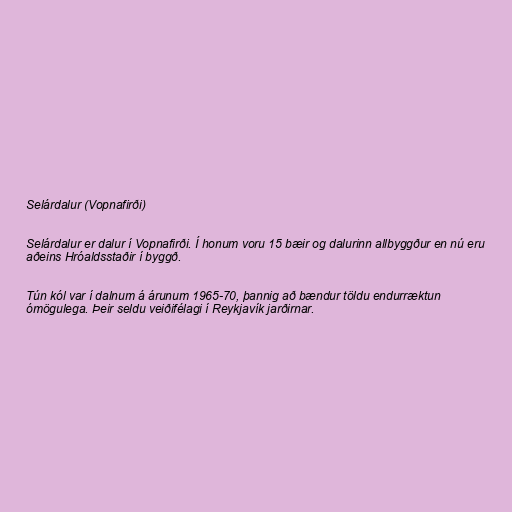
Selárdalur (Vopnafirði)

Selárdalur er dalur í Vopnafirði. Í honum voru 15 bæir og dalurinn allbyggður en nú eru
aðeins Hróaldsstaðir í byggð.

Tún kól var í dalnum á árunum 1965-70, þannig að bændur töldu endurræktun
ómögulega. Þeir seldu veiðifélagi í Reykjavík jarðirnar.